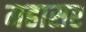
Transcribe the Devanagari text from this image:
महासर